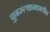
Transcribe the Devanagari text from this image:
पुनरुत्थानकालीन